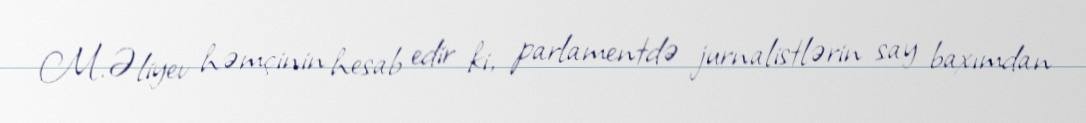
M.Əliyev həmçinin hesab edir ki, parlamentdə jurnalistlərin say baxımdan